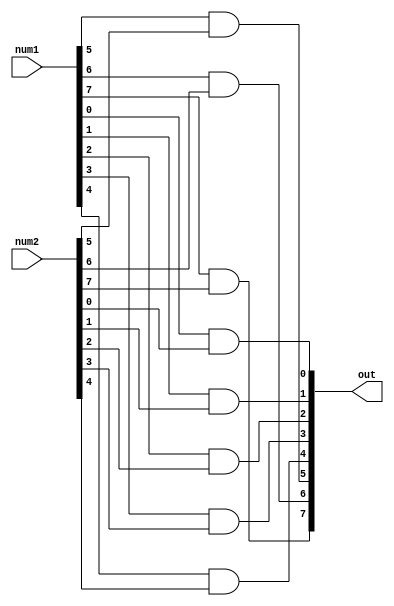
module bitwise_and_8(out, num1, num2);
    input [7:0] num1, num2;
    output [7:0] out;   

    and a1(out[0], num1[0], num2[0]);
    and a2(out[1], num1[1], num2[1]);
    and a3(out[2], num1[2], num2[2]);
    and a4(out[3], num1[3], num2[3]);
    and a5(out[4], num1[4], num2[4]);
    and a6(out[5], num1[5], num2[5]);
    and a7(out[6], num1[6], num2[6]);
    and a8(out[7], num1[7], num2[7]);
endmodule